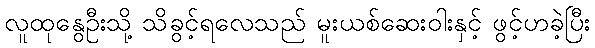
လူထုနွေဦးသို့ သိခွင့်ရလေသည် မူးယစ်ဆေးဝါးနှင့် ဖွင့်ဟခဲ့ပြီး